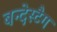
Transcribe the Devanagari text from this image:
बन्देस्टैग